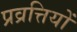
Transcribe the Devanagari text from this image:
प्रव्रत्तियों